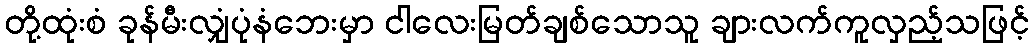
တို့ထုံးစံ ခုန်မီးလျှံပုံနံဘေးမှာ ငါလေးမြတ်ချစ်သောသူ ချားလက်ကူလှည့်သဖြင့်